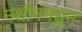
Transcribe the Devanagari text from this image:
मशीनमधून